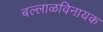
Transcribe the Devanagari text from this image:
बल्लाळविनायक